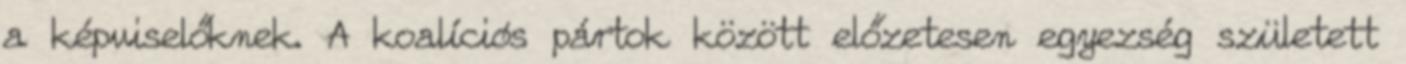
a képviselőknek. A koalíciós pártok között előzetesen egyezség született